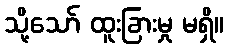
သို့သော် ထူးခြားမှု မရှိ။